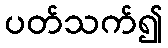
ပတ်သက်၍